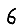
Digit: 6